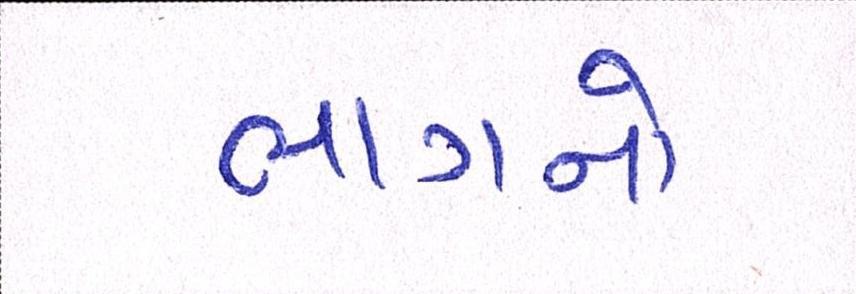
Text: ભાગનો